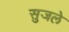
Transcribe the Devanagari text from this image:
सुजले